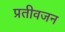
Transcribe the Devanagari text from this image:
प्रतीवजन